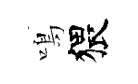
鳴猥